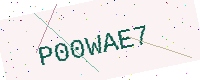
Text: P00WAE7